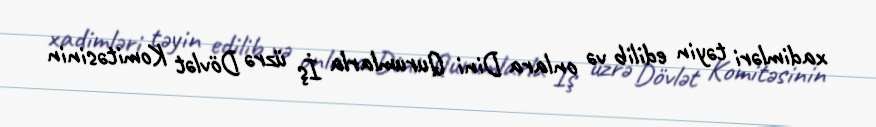
xadimləri təyin edilib və onlara Dini Qurumlarla İş üzrə Dövlət Komitəsinin